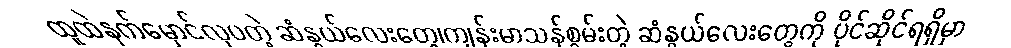
ထူထဲနက်မှောင်လှပတဲ့ ဆံနွယ်လေးတွေ၊ကျန်းမာသန်စွမ်းတဲ့ ဆံနွယ်လေးတွေကို ပိုင်ဆိုင်ရရှိမှာ